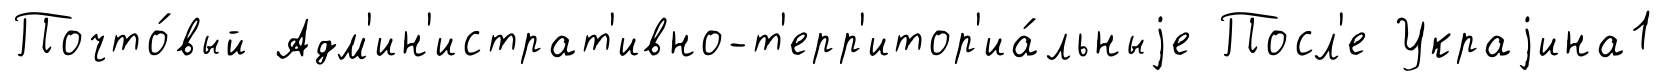
Почто́вый Адм'ин'истрат'ивно-т'ерр'итор'иа́льныjе Посл'е Украjина1